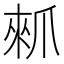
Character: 𰠁